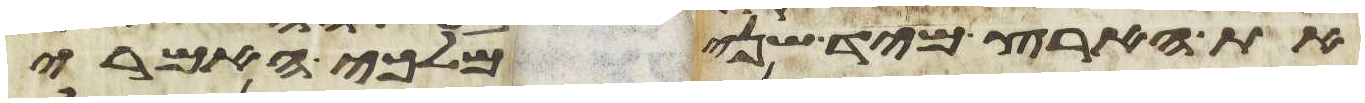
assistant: את הארץ מיד שני מלכי האמרי